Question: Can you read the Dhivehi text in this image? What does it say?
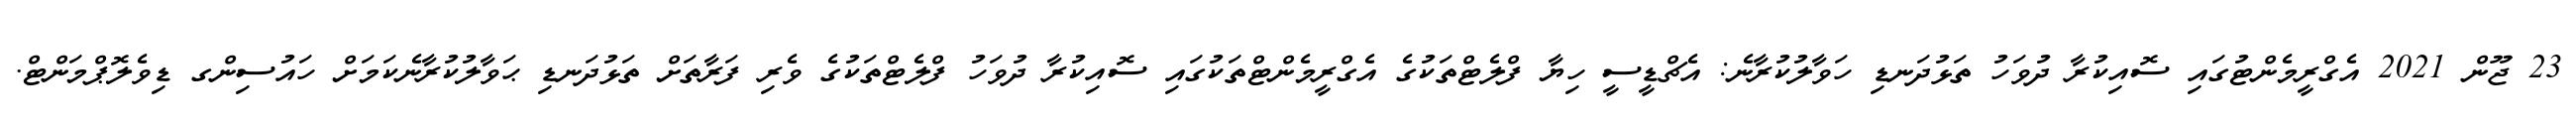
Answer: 23 ޖޫން 2021 އެގްރީމެންޓުގައި ސޮއިކުރާ ދުވަހު ތަޅުދަނޑި ހަވާލުކުރާނެ: އެޗްޑީސީ ހިޔާ ފްލެޓްތަކުގެ އެގްރީމެންޓްތަކުގައި ސޮއިކުރާ ދުވަހު ފްލެޓްތަކުގެ ވެރި ފަރާތަށް ތަޅުދަނޑި ޙަވާލުކުރާނެކަމަށް ހައުސިންގ ޑިވެލޮޕްމަންޓް.